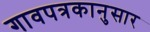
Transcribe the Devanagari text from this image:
गावपत्रकानुसार